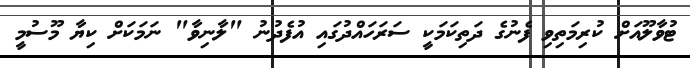
ޓުވާލޫއަށް ކުރިމަތިވި ފެނުގެ ދަތިކަމަކީ ސަރަހައްދުގައި އުފެދުނު "ލާނިވާ" ނަމަކަށް ކިޔާ މޫސުމީ